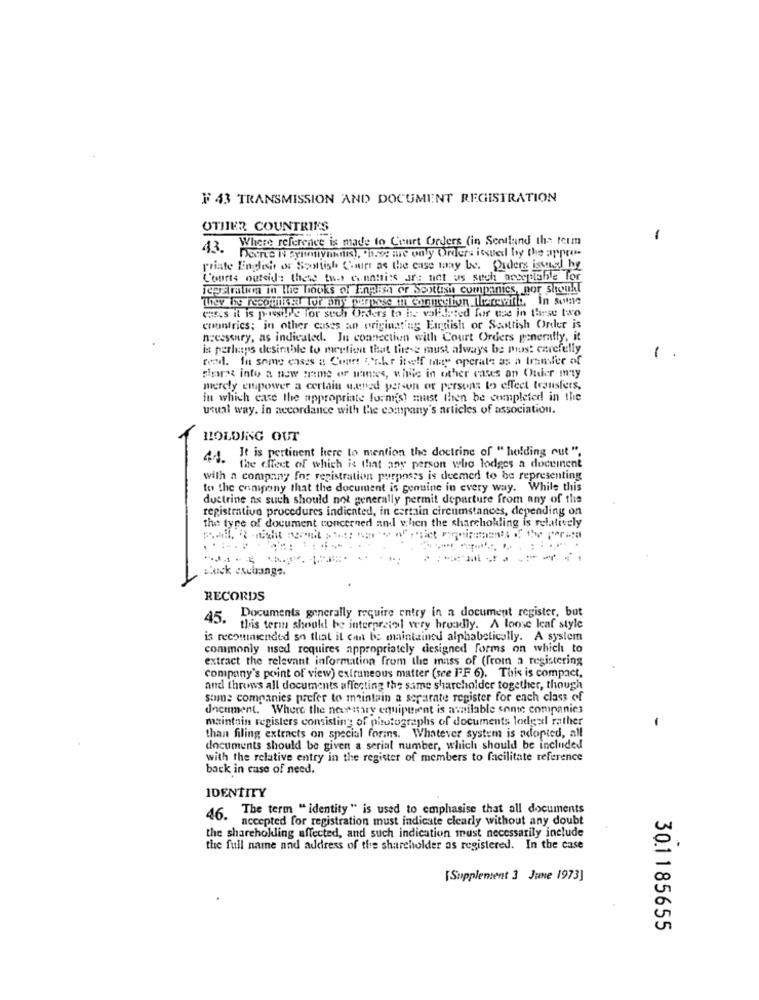
F 43 TRANSMISSION AND DOCUMENT REGISTRATION
OTHER COUNTRIES
43. Where reference is made to Court Orders (in Scotland the term
-
Defire IN Synmiyannis), Those are only Orders issued by the appre-
priate Endish or Scottish Court as the case may Los. Ouders issus by
Courts outside these tues enatis ar: not us siteh aregulable for
jegstration in the looks of English or Scottish companies, por should
They Ixy recomikal for any purpose in contretion (leconfib, In seine
cases il is paesil'e for such Orders to b. validated for use in these two
countries; in other cases an originating English or Scottish Order is
necessary, as indicated. In connection with Court Orders generally, it
is perhaps desirable to mention that these must always be post carefully
real. In some cases a Coart &r.kr itself maty operate as a transfer of
1.
shares into a new mime or mantes, while in other cases an Ouer may
merely empower a certain w.uned person or persons to effect transfers,
in which case the appropriate form(s) must then be completed in the
usual way. in accordance with the company's articles of association.
HOLDING OUT
4. It is pertinent here to mention the doctrine of "holding out ".
. the effect of which is that any person who lodges a docuinent
with a company for registration purposes is deemed to be representing
to the enmpany that the document is genuine in every way. While this
doctrine as such should not generally permit departure from any of the
registratiun procedures indicated, in certain circumstances, depending on
the type of document concerned and when the sharchokling is relatively
.- -
Block exchange.
RECORDS
45. Documents generally require entry in a document register, but
this term should be interpretedl wery broadly. A loose leaf style
is recommended so that it can be maintained alphabetically. A system
commonly used requires appropriately designed forms on which to
extract the relevant information from the mass of (from a registering
company's point of view) extraneous matter (see FFF 6). This is compact,
and throws all documents affecting the same shareholder together, though
some companies prefer to maintain a separate register for each class of
document. Where the necessary equipment is amilable sante companies
maintain registers consisting of photographs of documents lodgal rather
than filing extracts on special forins. Whatever system is adopted, all
documents should be given a serial number, which should be included
with the relative entry in the register of members to facilitate reference
back in case of need.
IDENTITY
46. The term " identity " is used to emphasise that all documents
accepted for registration must indicate clearly without any doubt
the shareholling affected, and such indication must necessarily include
the full name and address of the shareholder as registered. In the case
[Supplement 3 June 1973]
30.1185655